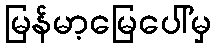
မြန်မာ့မြေပေါ်မှ